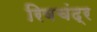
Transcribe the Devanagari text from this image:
रिवचंद्र